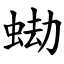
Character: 蜐